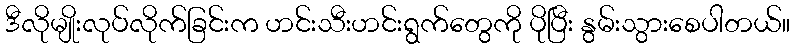
ဒီလိုမျိုးလုပ်လိုက်ခြင်းက ဟင်းသီးဟင်းရွက်တွေကို ပိုပြီး နွမ်းသွားစေပါတယ်။